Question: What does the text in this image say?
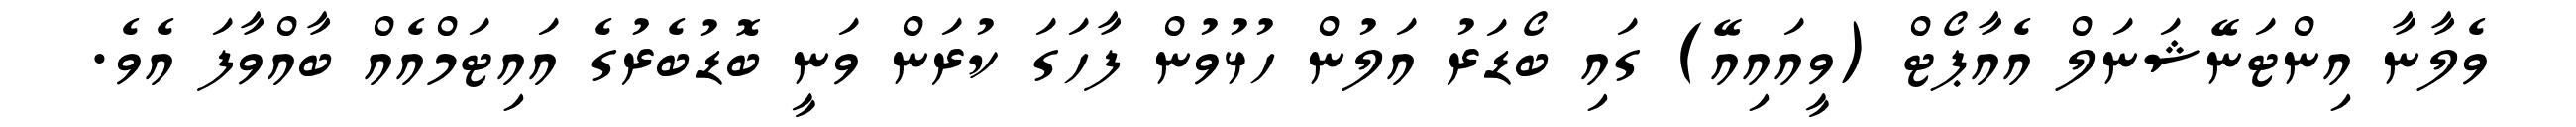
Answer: ވެލާނާ އިންޓަނޭޝަނަލް އެއާޕޯޓް (ވީއައިއޭ) ގައި ބޯޑަރު އަލުން ހުޅުވުން ފާހަގަ ކުރަން ވަނީ ބޮޑުބެރުގެ އައިޓަމްއެއް ބާއްވާފަ އެވެ.